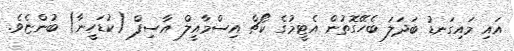
އައި މައިގަނޑު ބަދަލަ ބެހޭގޮތުން އެޓީމުގެ ކޯޗް އިސްމާއީލް އާސިފް (ކުޑަހީނާ) ބުންޏެވެ.